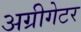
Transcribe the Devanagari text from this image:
अग्रीगेटर